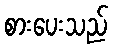
စားပေးသည်